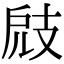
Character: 𢻄